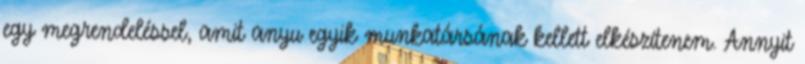
egy megrendeléssel, amit anyu egyik munkatársának kellett elkészítenem. Annyit